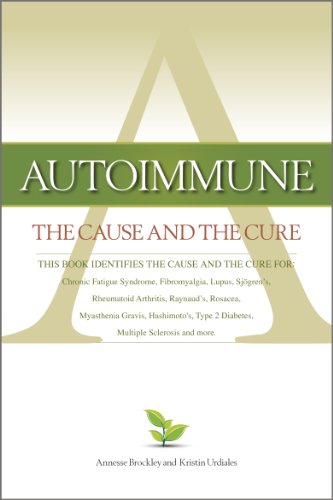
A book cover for Autoimmune: The Cause and The Cure (This book identifies the cause & the cure for: Chronic Fatigue Syndrome, Fibromyalgia, Lupus, Rheumatoid Arthritis, Raynaud's, Rosacea, Myasthenia Gravis, Hashimoto's, Type 2 Diabetes, Multiple Sclerosis, Sjogren's, and more); Annesse Brockley; Health, Fitness & Dieting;